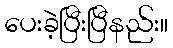
ပေးခဲ့ပြီးပြီနည်း။